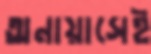
অনায়াসেই